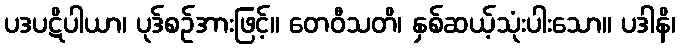
ပဒပဋိပါယာ၊ ပုဒ်စဉ်အားဖြင့်။ တေဝီသတိ၊ နှစ်ဆယ့်သုံးပါးသော။ ပဒါနိ၊